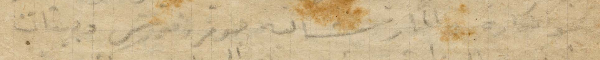
بونكاره والمارشاليه جوفر وفوش وبيتان